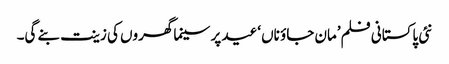
نئی پاکستانی فلم’مان جاؤ ناں ‘عید پر سینما گھروں کی زینت بنے گی۔